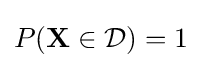
P(\mathbf {X} \in {\mathcal {D}})=1